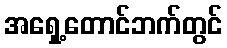
အရှေ့တောင်ဘက်တွင်